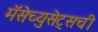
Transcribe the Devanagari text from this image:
मॅसेच्युसेट्सची